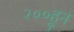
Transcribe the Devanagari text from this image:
२००हून